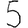
Digit: 5